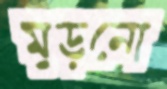
মুড়নো